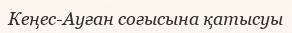
Кеңес-Ауған соғысына қатысуы